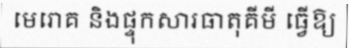
មេរោគ និងផ្ទុកសារធាតុគីមី ធ្វើឱ្យ